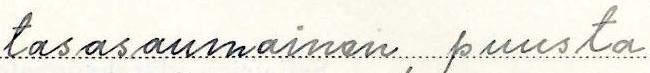
tasasaumainen, puusta